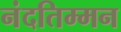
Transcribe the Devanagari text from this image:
नंदतिम्मन